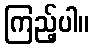
ကြည့်ပါ။